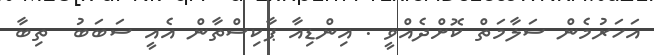
އަހަރުމެން ސަލާމަތް ކޮށްދެއްވީ . އިންޑިއާ ޕާކިސްތާން އެއީ ސަބަބު  ތިބާ